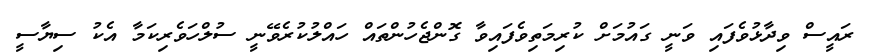
ރައީސް ވިދާޅުވެފައި ވަނީ ގައުމަށް ކުރިމަތިވެފައިވާ ގޮންޖެހުންތައް ހައްލުކުރެވޭނީ ސުލްހަވެރިކަމާ އެކު ސިޔާސީ